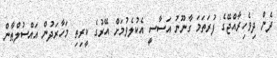
ދެން ދިވެހިރާއްޖޭގެ ފުރަތަމަ ގާނޫނު އަސާސީ އެކުލެވުމަށް އޭރުގެ ކީރިތި މަހާރަދުން އައްސުލްޠާން